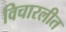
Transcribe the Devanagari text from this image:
विचारलीत